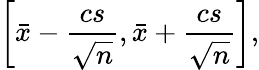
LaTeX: \left[{\bar{x}}-{\frac{cs}{\sqrt{n}}},{\bar{x}}+{\frac{cs}{\sqrt{n}}}\right],